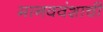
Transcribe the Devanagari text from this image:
मानववंशाची